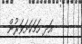
އަދި ހަމަކަށަވަރުން